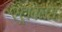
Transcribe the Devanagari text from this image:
स्ट्रबिलस